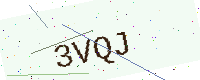
Text: 3VQJ